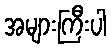
အများကြီးပါ